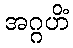
အဂ္ဂဟိံ